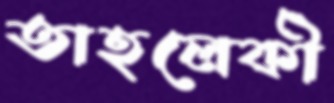
তাহলেকী